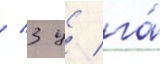
/ 3 ц/ га́